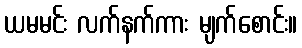
ယမမင်း လက်နက်ကား မျက်စောင်း။